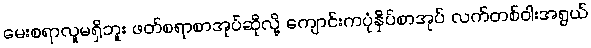
မေးစရာလူမရှိဘူး ဖတ်စရာစာအုပ်ဆိုလို့ ကျောင်းကပုံနှိပ်စာအုပ် လက်တစ်ဝါးအရွယ်